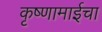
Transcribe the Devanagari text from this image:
कृष्णामाईचा